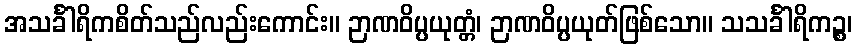
အသင်္ခါရိကစိတ်သည်လည်းကောင်း။ ဉာဏဝိပ္ပယုတ္တံ၊ ဉာဏဝိပ္ပယုတ်ဖြစ်သော။ သသင်္ခါရိကဉ္စ၊